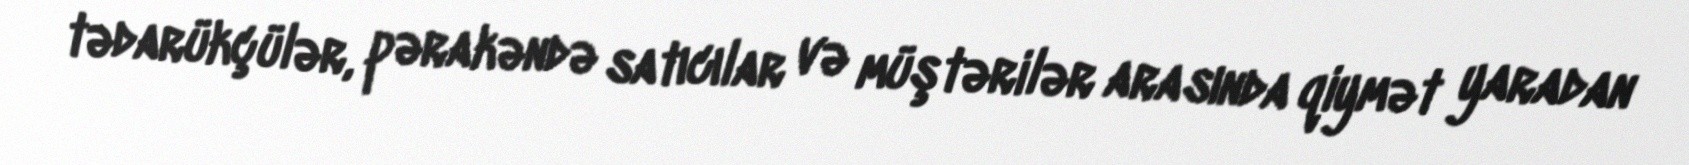
tədarükçülər, pərakəndə satıcılar və müştərilər arasında qiymət yaradan